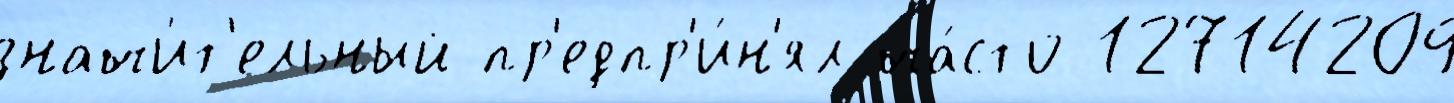
значи́т'ельный пр'едпр'и́н'ял ча́сто 12714209